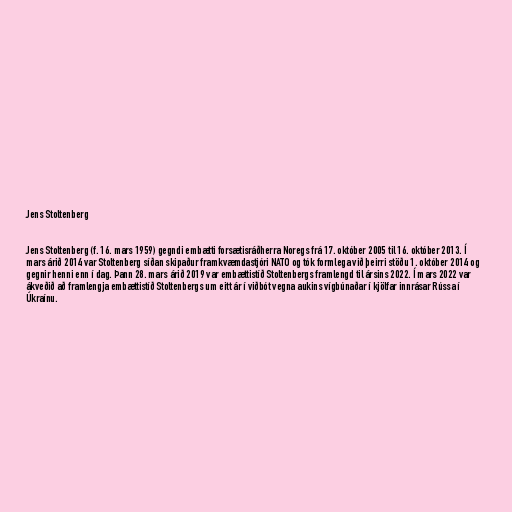
Jens Stoltenberg

Jens Stoltenberg (f. 16. mars 1959) gegndi embætti forsætisráðherra Noregs frá 17. október 2005 til 16. október 2013. Í
mars árið 2014 var Stoltenberg síðan skipaður framkvæmdastjóri NATO og tók formlega við þeirri stöðu 1. október 2014 og
gegnir henni enn í dag. Þann 28. mars árið 2019 var embættistíð Stoltenbergs framlengd til ársins 2022. Í mars 2022 var
ákveðið að framlengja embættistíð Stoltenbergs um eitt ár í viðbót vegna aukins vígbúnaðar í kjölfar innrásar Rússa í
Úkraínu.